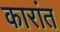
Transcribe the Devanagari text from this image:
कारांत